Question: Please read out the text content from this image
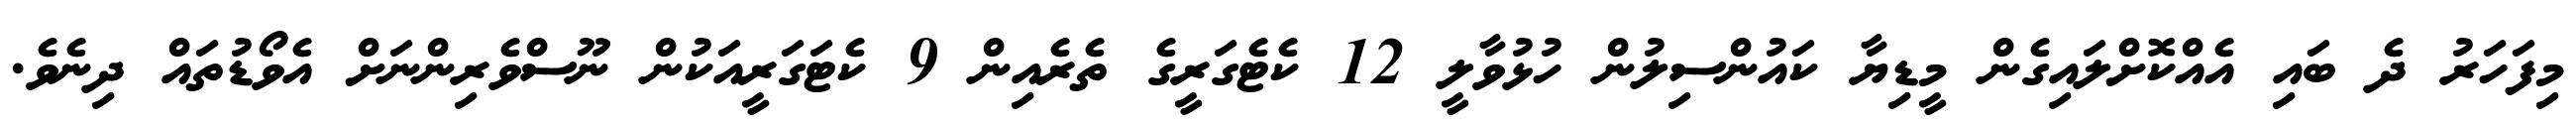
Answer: މިފަހަރު ދެ ބައި އެއްކޮށްލައިގެން މީޑިޔާ ކައުންސިލުން ހުޅުވާލީ 12 ކެޓެގަރީގެ ތެރެއިން 9 ކެޓަގަރީއަކުން ނޫސްވެރިންނަށް އެވޯޑުތައް ދިނެވެ.